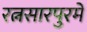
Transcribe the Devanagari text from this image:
रत्नसारपुरमें